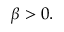
\beta > 0 .